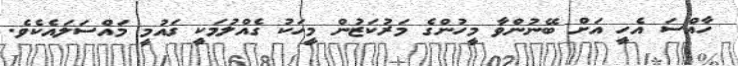
ހާއްސަ އެހީ އަށް ބޭނުންވާ މީހުންގެ މަރުކަޒުން މީހަކު ގެއްލުމަކީ ގައުމީ މައްސަލައެކެވެ.